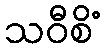
သဝီစိံ